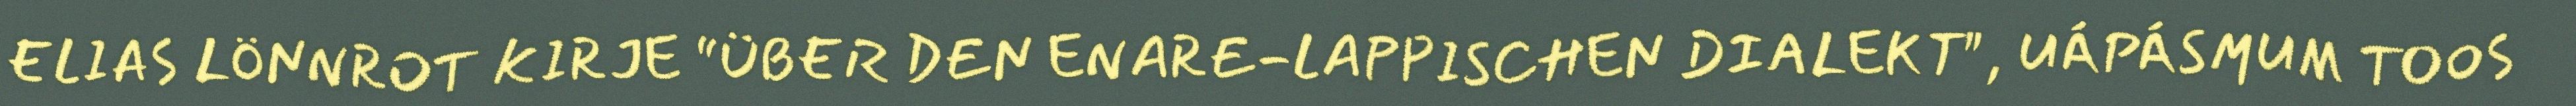
ELIAS LÖNNROT KIRJE “ÜBER DEN ENARE-LAPPISCHEN DIALEKT", UÁPÁSMUM TOOS